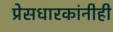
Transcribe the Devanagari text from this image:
प्रेसधारकांनीही